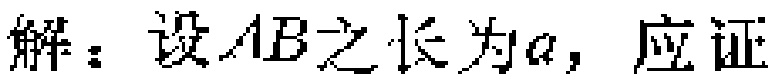
解：设\(AB\)之长为\(a\)，应证